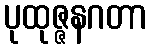
ပုထုဇ္ဇနဂတာ